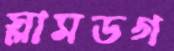
স্লামডগ